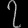
Digit: ၇